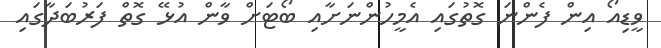
ވީޑިއޯ އިން ފެންނަ ގޮތުގައި އެމީހުންނަށާއި ބޯޓަށް ވާން އުޅޭ ގޮތް ފަރުބަދާގައި